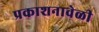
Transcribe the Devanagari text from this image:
प्रकाशनावेळी